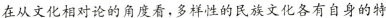
在从文化相对论的角度看，多样性的民族文化各有自身的特